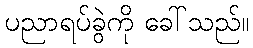
ပညာရပ်ခွဲကို ခေါ်သည်။